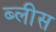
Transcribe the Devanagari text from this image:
ब्लीस